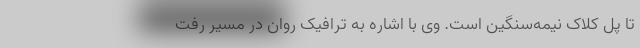
تا پل کلاک نیمه‌سنگین است. وی با اشاره به ترافیک روان در مسیر رفت